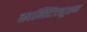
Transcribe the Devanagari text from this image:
कान्स्टिट्यूशन